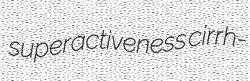
superactiveness cirrh-